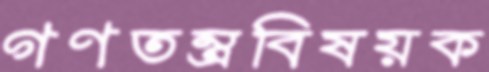
গণতন্ত্রবিষয়ক